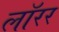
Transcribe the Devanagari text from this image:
लॉरर